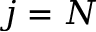
j = N